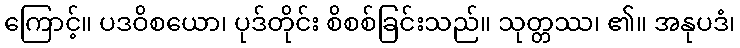
ကြောင့်။ ပဒဝိစယော၊ ပုဒ်တိုင်း စိစစ်ခြင်းသည်။ သုတ္တဿ၊ ၏။ အနုပဒံ၊